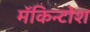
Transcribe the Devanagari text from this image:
मॅकिन्टोश